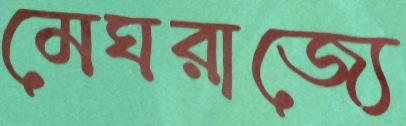
মেঘরাজ্যে